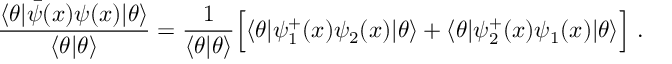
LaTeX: \frac { \langle \theta | \bar { \psi } ( x ) \psi ( x ) | \theta \rangle } { \langle \theta | \theta \rangle } = \frac { 1 } { \langle \theta | \theta \rangle } \Bigl [ \langle \theta | \psi _ { 1 } ^ { + } ( x ) \psi _ { 2 } ( x ) | \theta \rangle + \langle \theta | \psi _ { 2 } ^ { + } ( x ) \psi _ { 1 } ( x ) | \theta \rangle \Bigr ] \ .